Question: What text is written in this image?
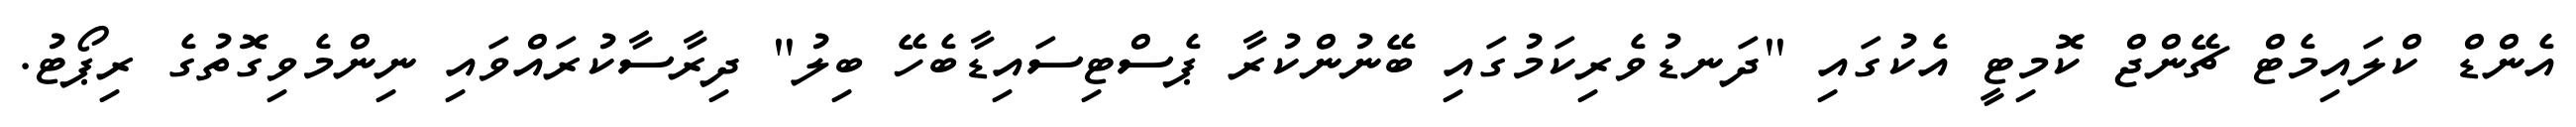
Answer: އެންޑް ކްލައިމެޓް ޗޭންޖް ކޮމިޓީ އެކުގައި "ދަނޑުވެރިކަމުގައި ބޭނުންކުރާ ޕެސްޓިސައިޑާބެހޭ ބިލު" ދިރާސާކުރައްވައި ނިންމެވިގޮތުގެ ރިޕޯޓު.